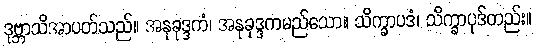
ဒုဗ္ဘာသိအာပတ်သည်။ အနုခုဒ္ဒကံ၊ အနုခုဒ္ဒကမည်သော။ သိက္ခာပဒံ၊ သိက္ခာပုဒ်တည်း။